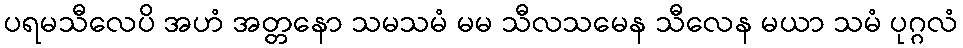
ပရမသီလေပိ အဟံ အတ္တနော သမသမံ မမ သီလသမေန သီလေန မယာ သမံ ပုဂ္ဂလံ